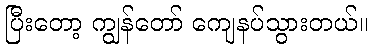
ပြီးတော့ ကျွန်တော် ကျေနပ်သွားတယ်။